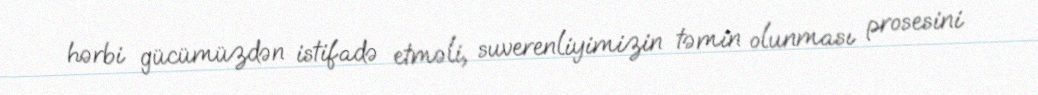
hərbi gücümüzdən istifadə etməli, suverenliyimizin təmin olunması prosesini